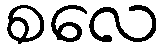
စလေ